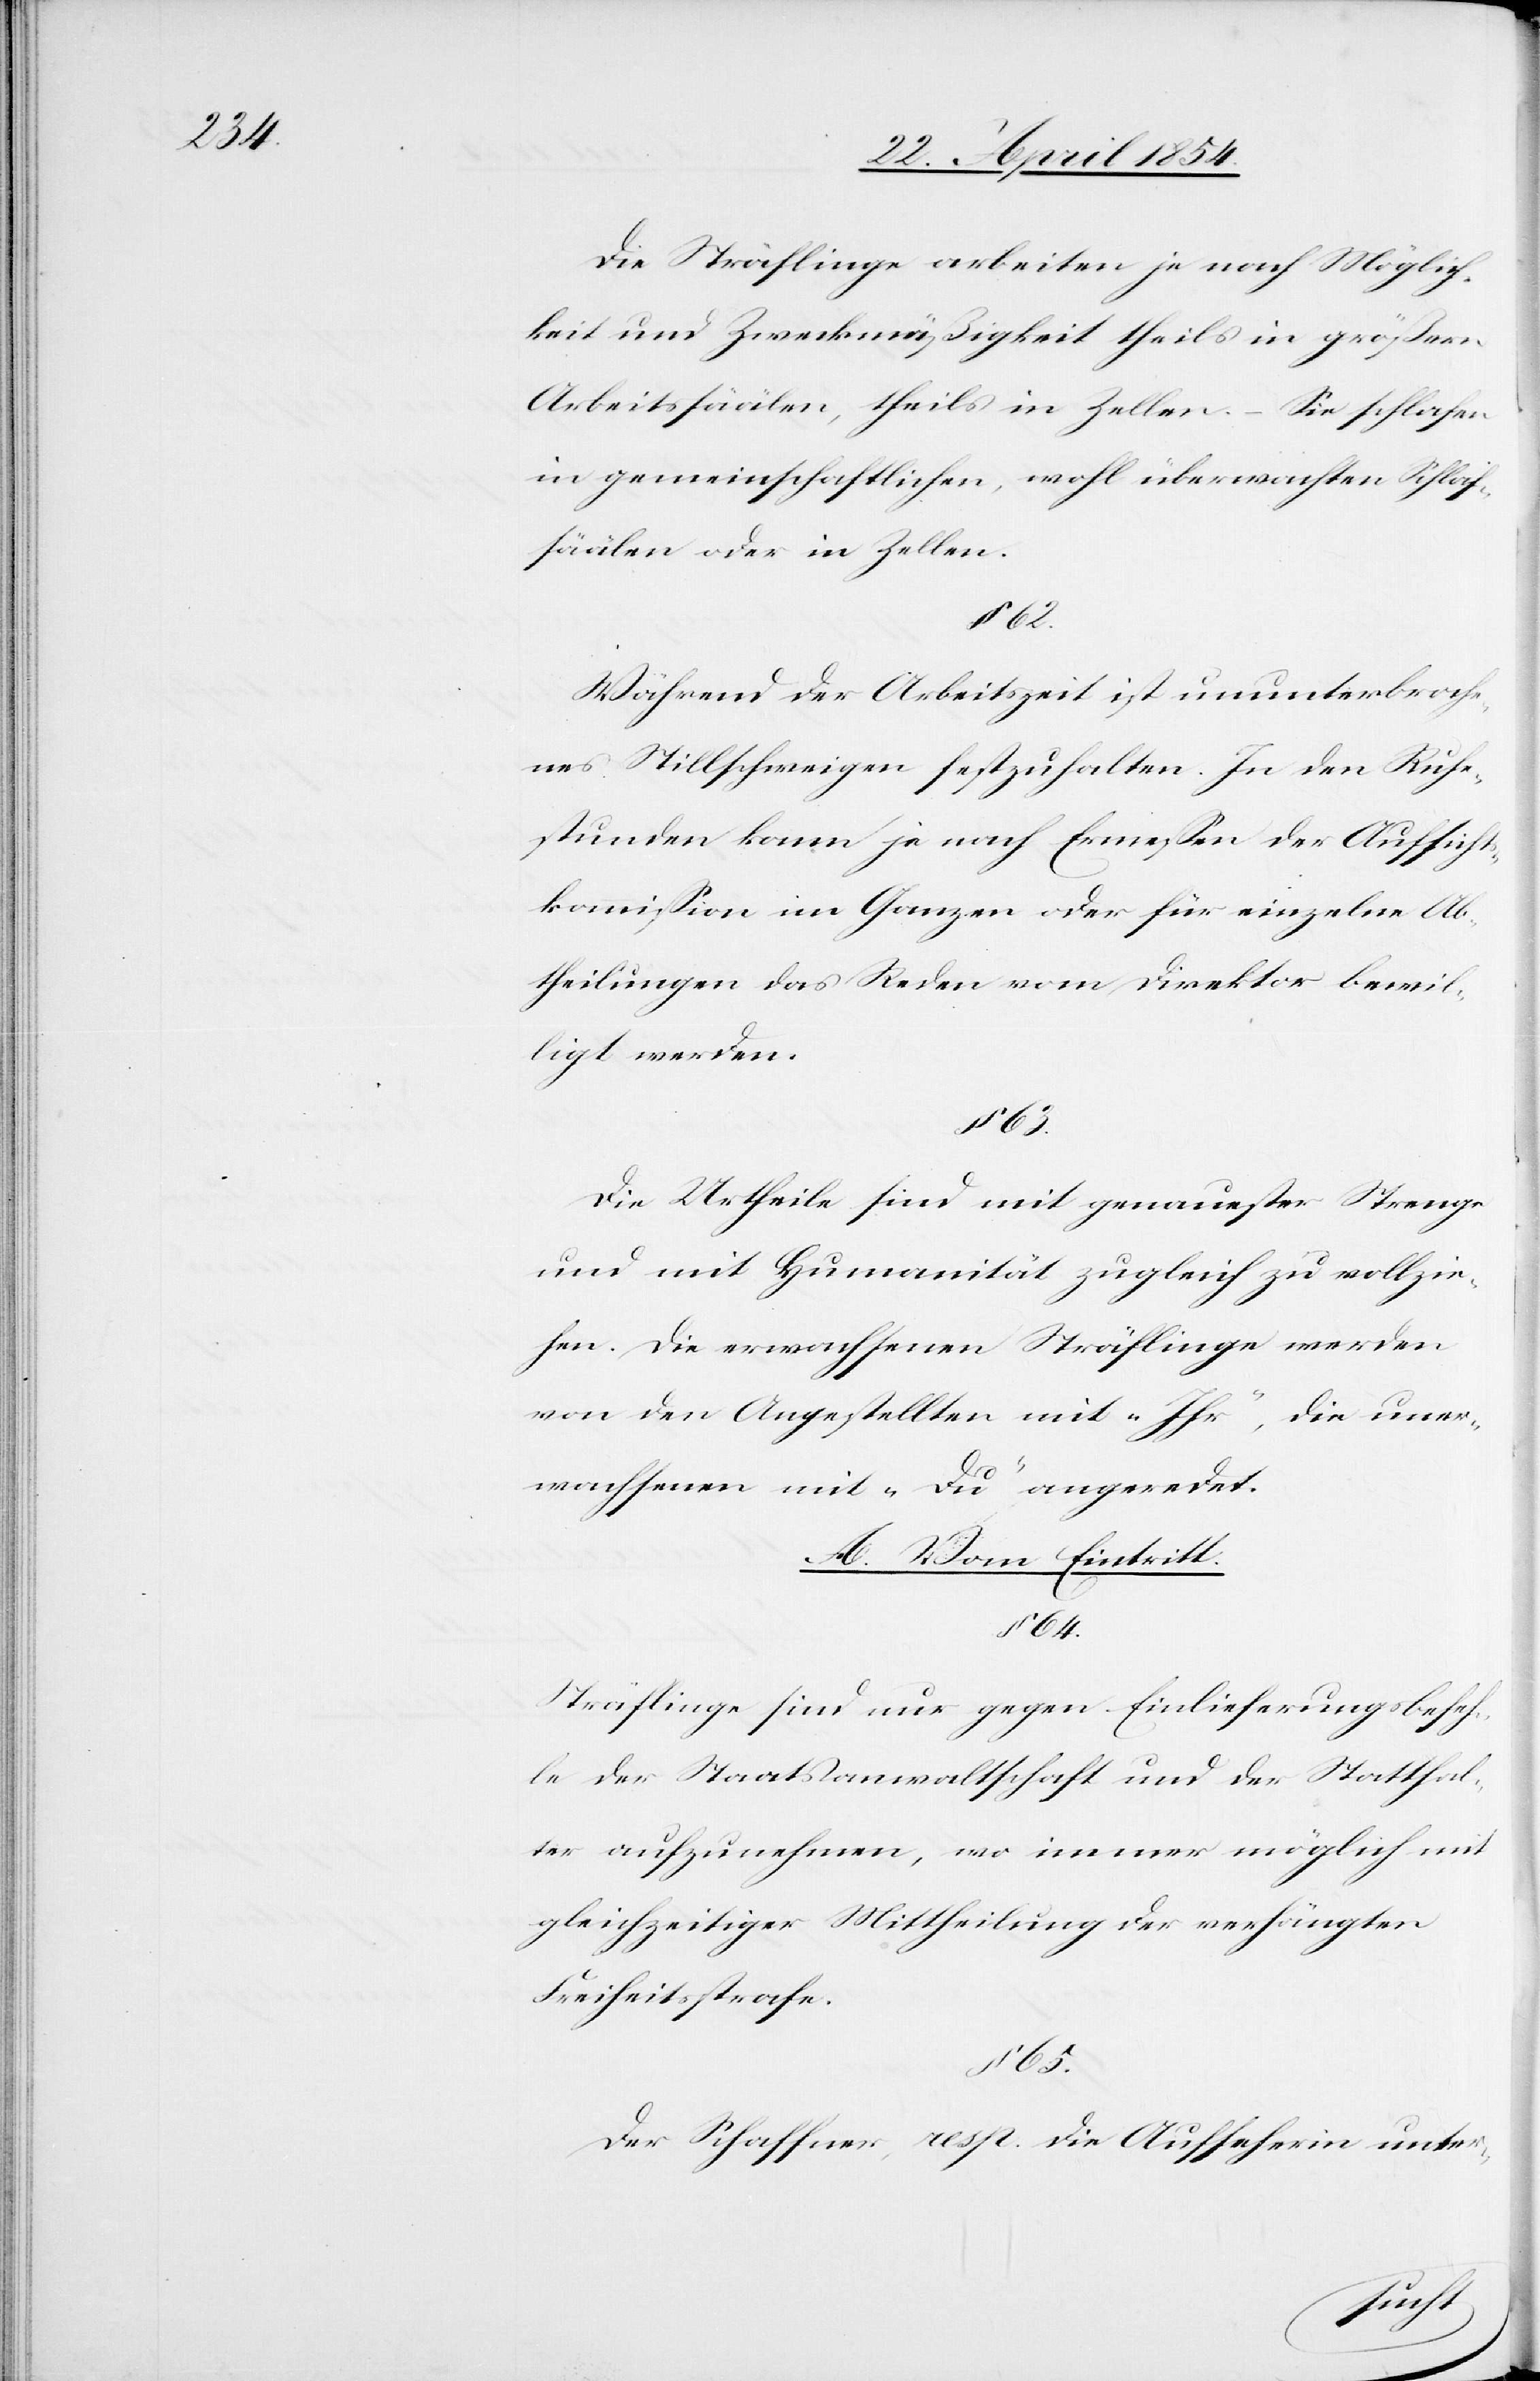
Die Sträflinge arbeiten je nach Möglich¬
keit und Zweckmäßigkeit theils in größern
Arbeitssäälen, theils in Zellen. – Sie schlafen
in gemeinschaftlichen, wohl überwachten Schlaf¬
säälen oder in Zellen.
§ 65.
Während der Arbeitszeit ist ununterbroche¬
nes Stillschweigen festzuhalten. In den Ruhe¬
stunden kann je nach Ermeßen der Aufsicht¬
skommißion im Ganzen oder für einzelne Ab¬
theilungen das Reden vom Direktor bewil¬
ligt werden.
Die Urtheile sind mit genauester Strenge
und mit Humanität zugleich zu vollzie¬
hen. Die erwachsenen Sträflinge werden
von den Angestellten mit „Ihr“, die uner¬
wachsenen mit „Du“ angeredet.
A. Vom Eintritt.
§ 64.
Sträflinge sind nur gegen Einlieferungsbefeh¬
le der Staatsanwaltschaft und der Statthal¬
ter aufzunehmen, wo immer möglich mit
gleichzeitiger Mittheilung der verhängten
Freiheitsstrafe.
Der Schaffner, resp. die Aufseherin unter-